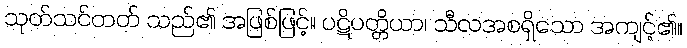
သုတ်သင်တတ် သည်၏ အဖြစ်ဖြင့်။ ပဋိပတ္တိယာ၊ သီလအစရှိသော အကျင့်၏။